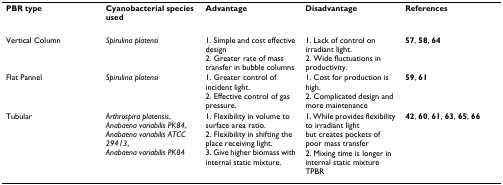
<table><thead><tr><td><b>PBR type</b></td><td><b>Cyanobacterial species used</b></td><td><b>Advantage</b></td><td><b>Disadvantage</b></td><td><b>References</b></td></tr></thead><tbody><tr><td>Vertical Column</td><td><i>Spirulina platensi</i></td><td>1. Simple and cost effective design2. Greater rate of mass transfer in bubble columns</td><td>1. Lack of control on irradiant light.2. Wide fluctuations in productivity.</td><td><b>57</b>, <b>58</b>, <b>64</b></td></tr><tr><td>Flat Pannel</td><td><i>Spirulina platensi</i></td><td>1. Greater control of incident light.2. Effective control of gas pressure.</td><td>1. Cost for production is high.2. Complicated design and more maintenance</td><td><b>59</b>, <b>61</b></td></tr><tr><td>Tubular</td><td><i>Arthrospira platensis</i>,<i>Anabaena variabilis PK84</i>,<i>Anabaena variabilis ATCC 29413</i>,<i>Anabaena variabilis PK84</i></td><td>1. Flexibility in volume to surface area ratio.2. Flexibility in shifting the place receiving light.3. Give higher biomass with internal static mixture.</td><td>1. While provides flexibility to irradiant light but creates pockets of poor mass transfer2. Mixing time is longer in internal static mixture TPBR</td><td><b>42</b>, <b>60</b>, <b>61</b>, <b>63</b>, <b>65</b>, <b>66</b></td></tr></tbody></table>